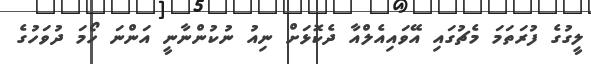
ލީގުގެ ފުރަތަމަ މެޗުގައި އޭވައިއެލްއާ ދެކޮޅަށް ނިއު ނުކުންނާނީ އަންނަ ހޯމަ ދުވަހުގެ